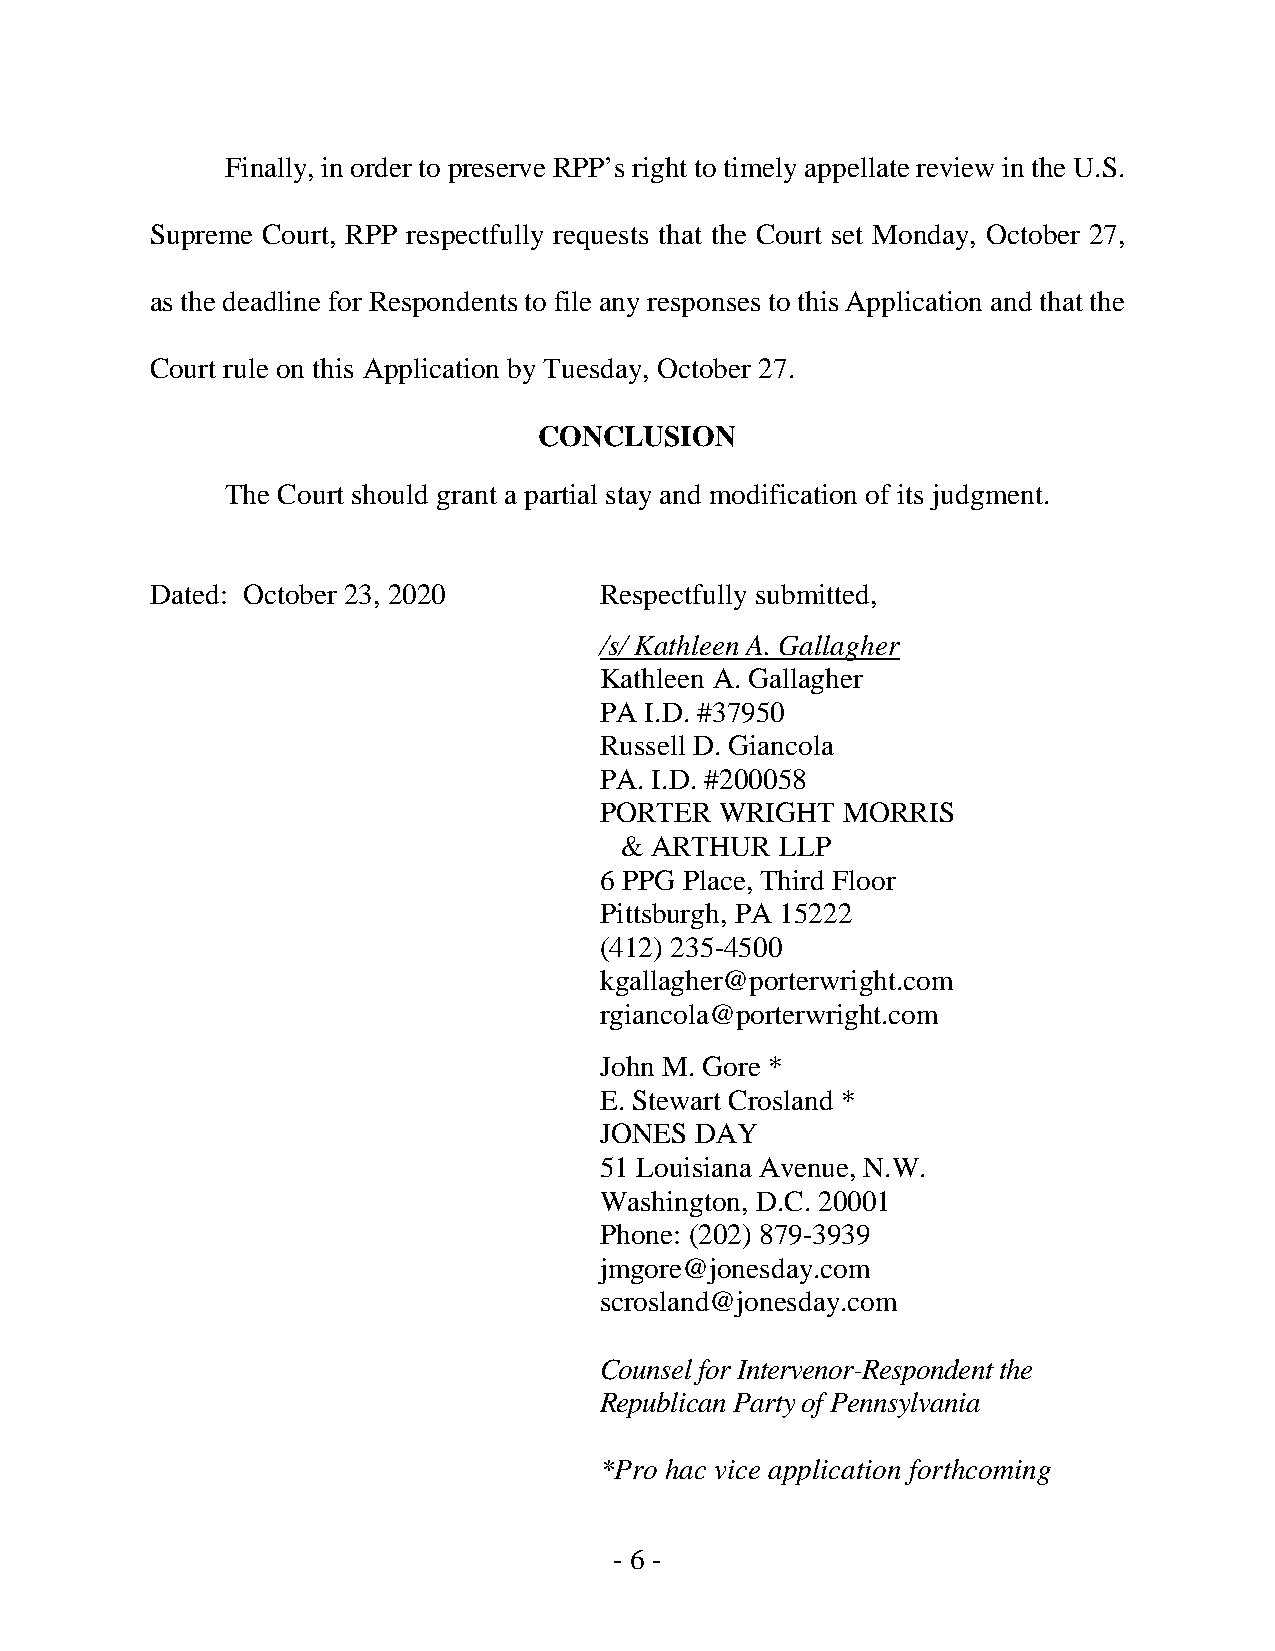
Finally, in order to preserve RPP’s right to timely appellate review in the U.S.
 Supreme Court, RPP respectfully requests that the Court set Monday, October 27,
 as the deadline for Respondents to file any responses to this Application and that the
 Court rule on this Application by Tuesday, October 27.
 CONCLUSION
 The Court should grant a partial stay and modification of its judgment.
 Dated: October 23, 2020       Respectfully submitted,
 /s/ Kathleen A. Gallagher
 Kathleen A. Gallagher
 PA I.D. #37950
 Russell D. Giancola
 PA. I.D. #200058
 PORTER  WRIGHT  MORRIS
 & ARTHUR   LLP
 6 PPG Place, Third Floor
 Pittsburgh, PA 15222
 (412) 235-4500
 kgallagher@porterwright.com
 rgiancola@porterwright.com
 John M. Gore *
 E. Stewart Crosland *
 JONES DAY
 51 Louisiana Avenue, N.W.
 Washington, D.C. 20001
 Phone: (202) 879-3939
 jmgore@jonesday.com
 scrosland@jonesday.com
 Counsel for Intervenor-Respondent the
 Republican Party of Pennsylvania
 *Pro hac vice application forthcoming
 - 6 -